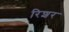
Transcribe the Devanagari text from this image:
रिशर